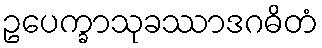
ဥပေက္ခာသုခဿာဒဂဓိတံ